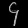
Digit: ၄